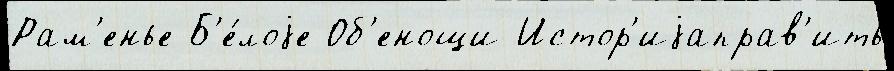
Рам'енье Б'е́лоjе Об'енощи Истор'иjаправ'ить